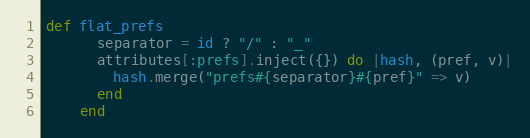
Language: Ruby
def flat_prefs
      separator = id ? "/" : "_"
      attributes[:prefs].inject({}) do |hash, (pref, v)|
        hash.merge("prefs#{separator}#{pref}" => v)
      end
    end